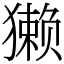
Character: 獭